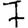
Digit: 7